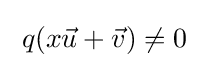
\;q(x{\vec {u}}+{\vec {v}})\neq 0\;